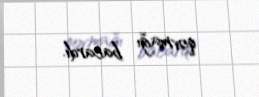
qovmağı bacardı.